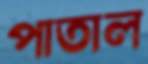
পাতাল